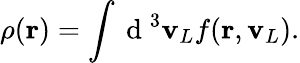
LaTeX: \rho(\mathbf{r})=\int\mathrm{~d~}^{3}\mathbf{v}_{L}f(\mathbf{r},\mathbf{v}_{L}).